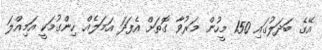
އޭގެ ބަދަލުގައި 150 މީހުން މަރުވާ ގޮތަށް އެފަދަ އަމަލެއް ހިންގުމަކީ އަމިއްލަ